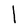
Character: l